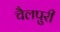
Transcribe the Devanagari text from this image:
चैलपुरी